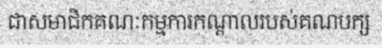
ជាសមាជិកគណៈកម្មការកណ្តាលរបស់គណបក្ស